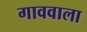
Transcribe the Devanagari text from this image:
गाववाला